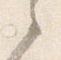
之